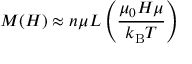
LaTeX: M ( H ) \approx n \mu L \left( { \frac { \mu _ { 0 } H \mu } { k _ { \mathrm { B } } T } } \right)